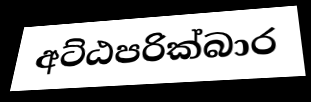
අට්ඨපරික්බාර